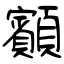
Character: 顮